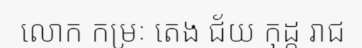
លោក កម្រៈ តេង ជ័យ កុដ្ត រាជ